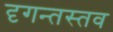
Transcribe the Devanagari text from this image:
दृगन्तस्तव